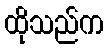
ထိုသည်က